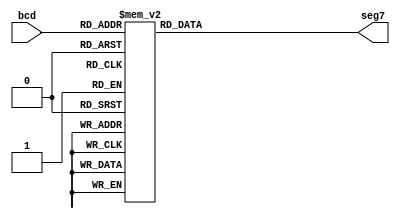
module bin_2_7seg (seg7, bcd); 
	input [3:0] bcd;
	output reg [6:0]seg7;
	
	always@(bcd)
		begin			  // any change in initiates execution
			case(bcd)
				0: seg7 = 7'b1111110;	  // sigment: A-B-C-D-E-F-G
				1: seg7 = 7'b0110000;
				2: seg7 = 7'b1101101;
				3: seg7 = 7'b1111001;
				4: seg7 = 7'b1110011;
				5: seg7 = 7'b1011011;
				6: seg7 = 7'b1011111;
				7: seg7 = 7'b1110000;
				8: seg7 = 7'b1111111; 
				9: seg7 = 7'b1111011; 
				//switch off 7 segment character when the bcd digit is not a decimal number.
            default : seg7 = 7'b0000000; 
			endcase
		end
endmodule